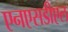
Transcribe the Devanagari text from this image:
एनएसडीएल